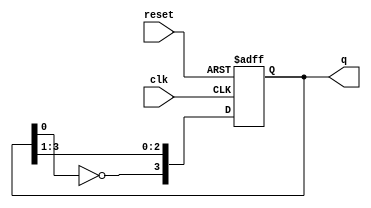
module johnson_counter(clk,q,reset );
   input clk,reset;
   output reg [3:0]q;
   
   always@(posedge clk or posedge reset)
   if(reset)
      begin
      q<=4'b0000;
      end
   else
      begin
      q[3]<=~q[0];
      q[2]<=q[3];
      q[1]<=q[2];
      q[0]<=q[1];
      end
          
endmodule